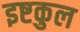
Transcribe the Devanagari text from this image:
इष्टकुल